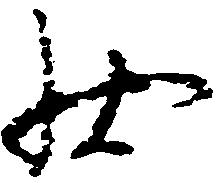
状